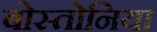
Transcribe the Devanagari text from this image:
बोस्तोनिया